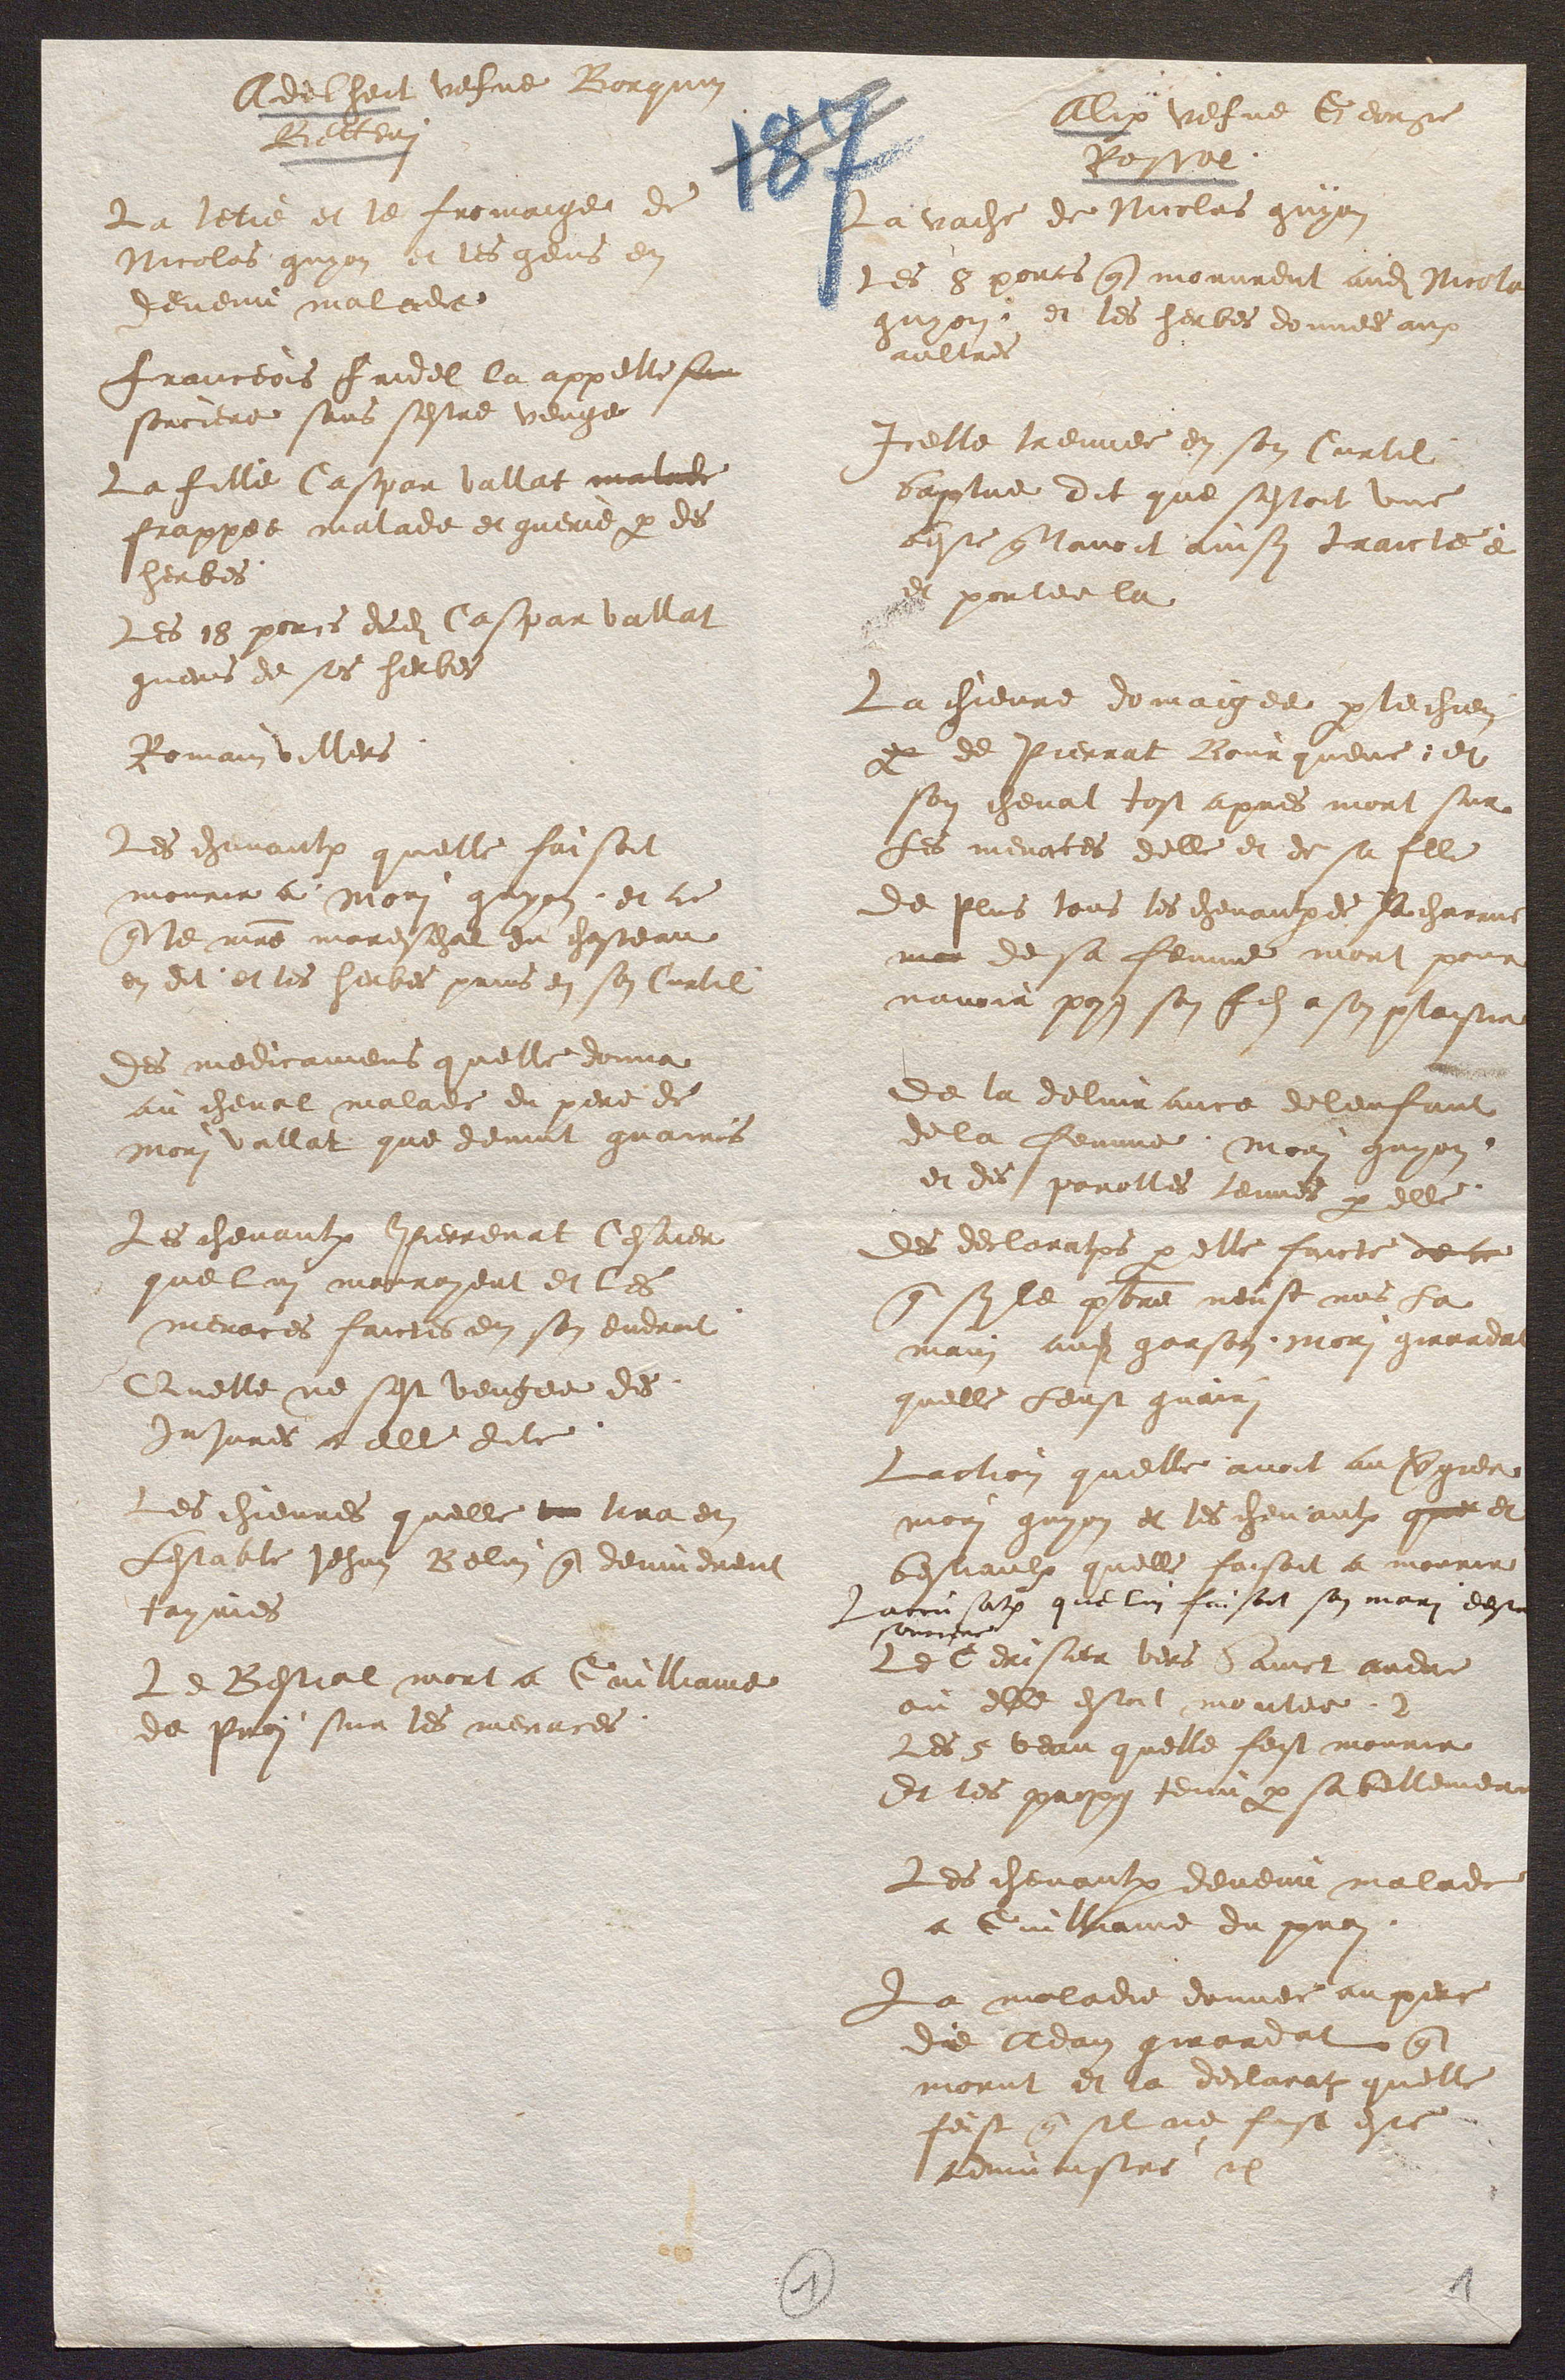
Adelheit vefve Borquin
Betteni
La letie et le fromaige de
Nicolas guyon et les gens en
devenu malade
Franceois faidel la appelle sur
sorciere sans sestre venge
La fille Caspar vallat malade
Frappee malade et guerie par des
Herbes.
Les 18 porcs dudit Caspar vallat
gueris de ses herbes
Romain villers
Les chevaulx quelle faisoit
mourir a Mori guyon, et ce
que maitre mareschal du chasteau
en dit et les herbes prins en son Curtil
des medicamens quelle donna
au cheval malade du père de
mori vallat que devint guairis
Les chevaulx Pierrenat Cesaier
que lui mouroyent et les
menaces faictes en son endroit
Quelle ne sest vengee des
injures a elle dite.
Les chievres quelle m tira en
Lestable Jehan Belin qui devindrent
tayries
Le Bestial mort a Guilliame
de Proi sur les menaces.

Alix vefve George
Rossel.
La vache de Nicolas guyon
Les 8 porcs qui morurent audit Nicola
guyon, et les herbes donnees aux
aultres
Icelle treuvee en son Curtil,
baptue dit que sestoit une
beste qui lavoit ainsy traictee
et portee la
La chievre domaigee par le chien
par de Pierrat Bourquene, et
son cheval tost apres mort sur
Les menaces delle et de sa fille
de plus tous les chevaulx de la charrue
mor de sa femme mort pour
navoir poyes son fils a son plaisir
De la delivrance de lenfant
de la femme Mori guyon,
et des parolles tenues par elle.
Des declarations par elle faicte de ce
que sy le prebtreb t r e  neust mis La
main audit garson, mori girradat
quelle Leust guairi
Laction quelle avoit au vergier
mori guyon et les chevaulx que et
bestiaulx quelle faisoit a mourir
Laccusation que lui faisoit son mari destre
sorciere
Le Cerisier vers Sainct andre
où elle estoit montee, et
Les 5 veau quelle feist mourir
Et les propos tenu par sa bellemere
Les chevaulx devenu malade
a Guilliame du prai.
La maladie donnee au père
de Adam girardat qui
morut et la declaration quelle
feist que sil ne fust este
administre etc